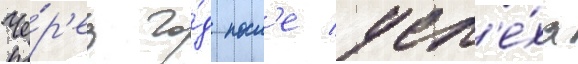
Че́р'ез го́д посл'е усп'е́ха